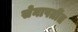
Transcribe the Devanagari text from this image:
सेनापतींत